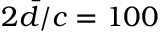
2 \bar { d } / c = 1 0 0